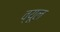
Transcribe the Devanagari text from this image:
व्यूल